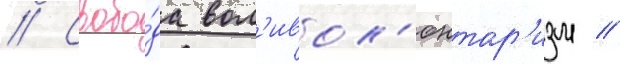
// Свобо́да вол'ивол'юнтар'изм //